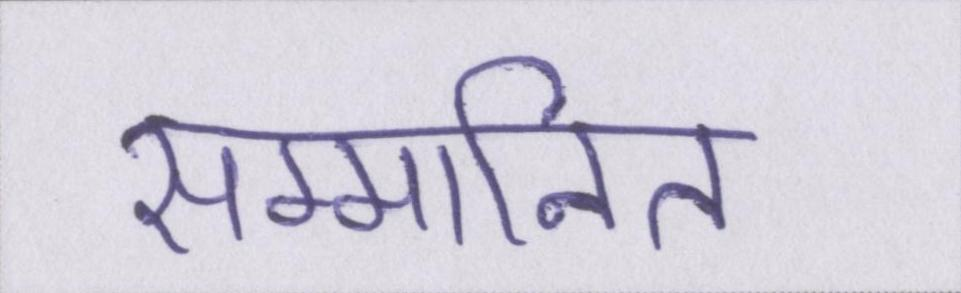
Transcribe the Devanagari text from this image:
सम्मानित